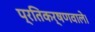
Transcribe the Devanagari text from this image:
प्रतिकर्षणवाले।